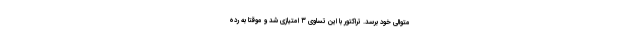
متوالی خود برسد. تراکتور با این تساوی ۳ امتیازی شد و موقتا به رده